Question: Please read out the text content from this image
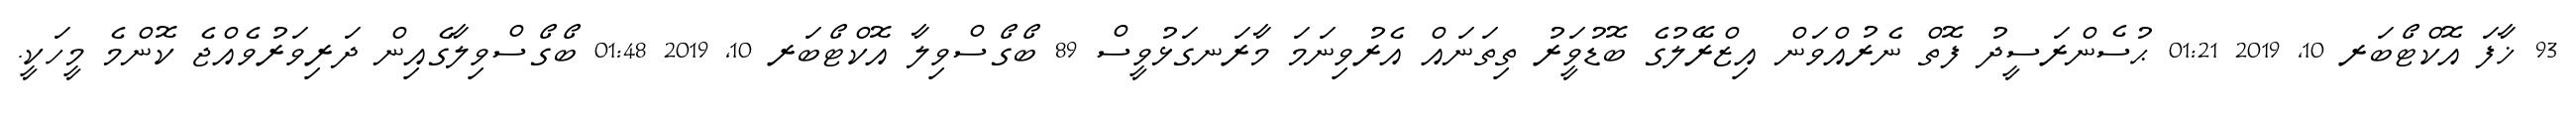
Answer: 93 ޚާފަ އޮކްޓޯބަރ 10, 2019 01:21 ޙުސެންރަސީދު ފޮތް ނެރުއްވަން އިޒްރޭލުގެ ބޮޑުވަީރު ތިތަނައް އެރުވިނަމަ މާރަނގަޅުވީސް 89 ބޯގޯސްވިލާ އޮކްޓޯބަރ 10, 2019 01:48 ބޯގޯސްވިލާގެއިން ދަރިވަރުވެއްޖެ ކޮންމެ މީހަކީ.